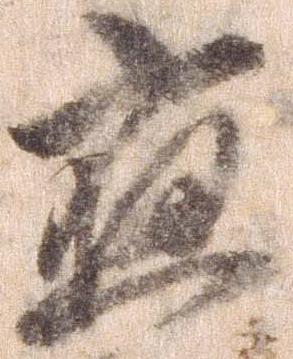
応